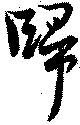
帰